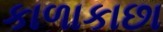
કાળાકાછા